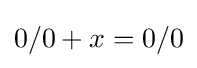
0/0+x=0/0